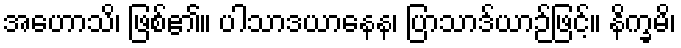
အဟောသိ၊ ဖြစ်၏။ ပါသာဒယာနေန၊ ပြာသာဒ်ယာဉ်ဖြင့်။ နိက္ခမိ၊